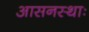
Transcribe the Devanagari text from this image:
आसनस्थाः